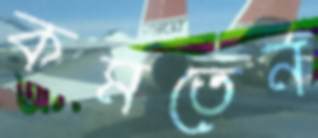
কমতেন